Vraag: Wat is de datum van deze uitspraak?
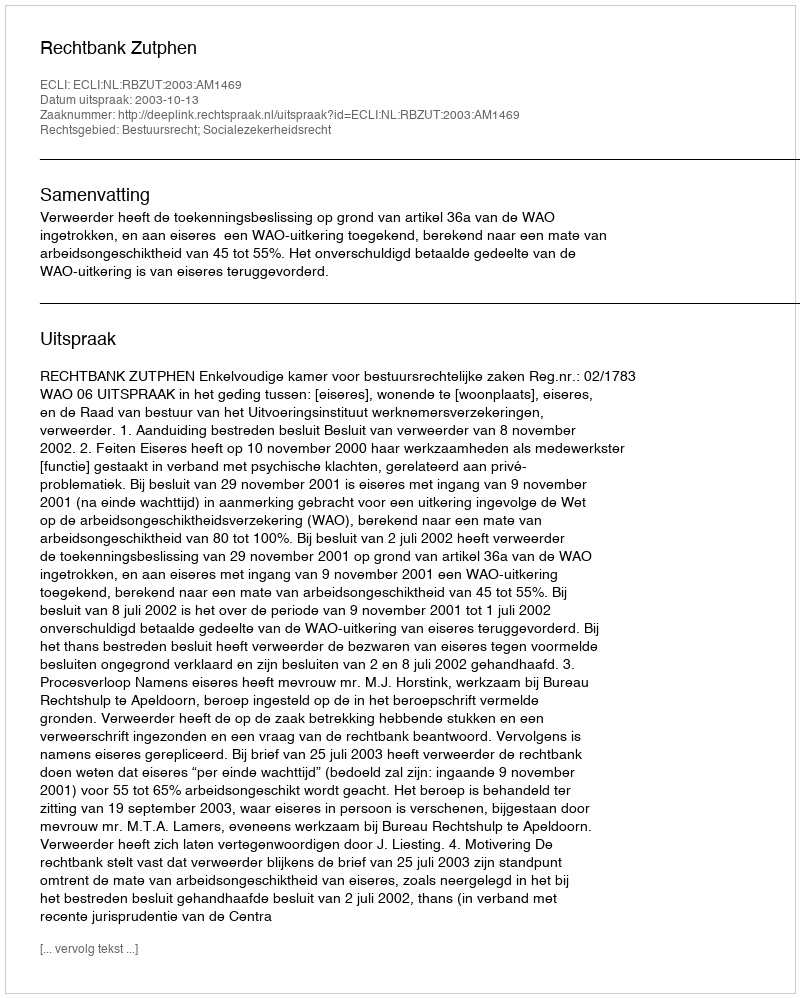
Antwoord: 2003-10-13